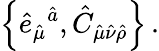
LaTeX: \left\{ \hat{e}_{\hat{\mu}}{}^{\hat{a}},\hat{C}_{\hat{\mu}\hat{\nu}\hat{\rho}}\right\} \, .